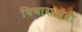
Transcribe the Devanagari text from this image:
विचाराअंती